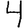
Digit: 4